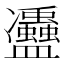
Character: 𠘦